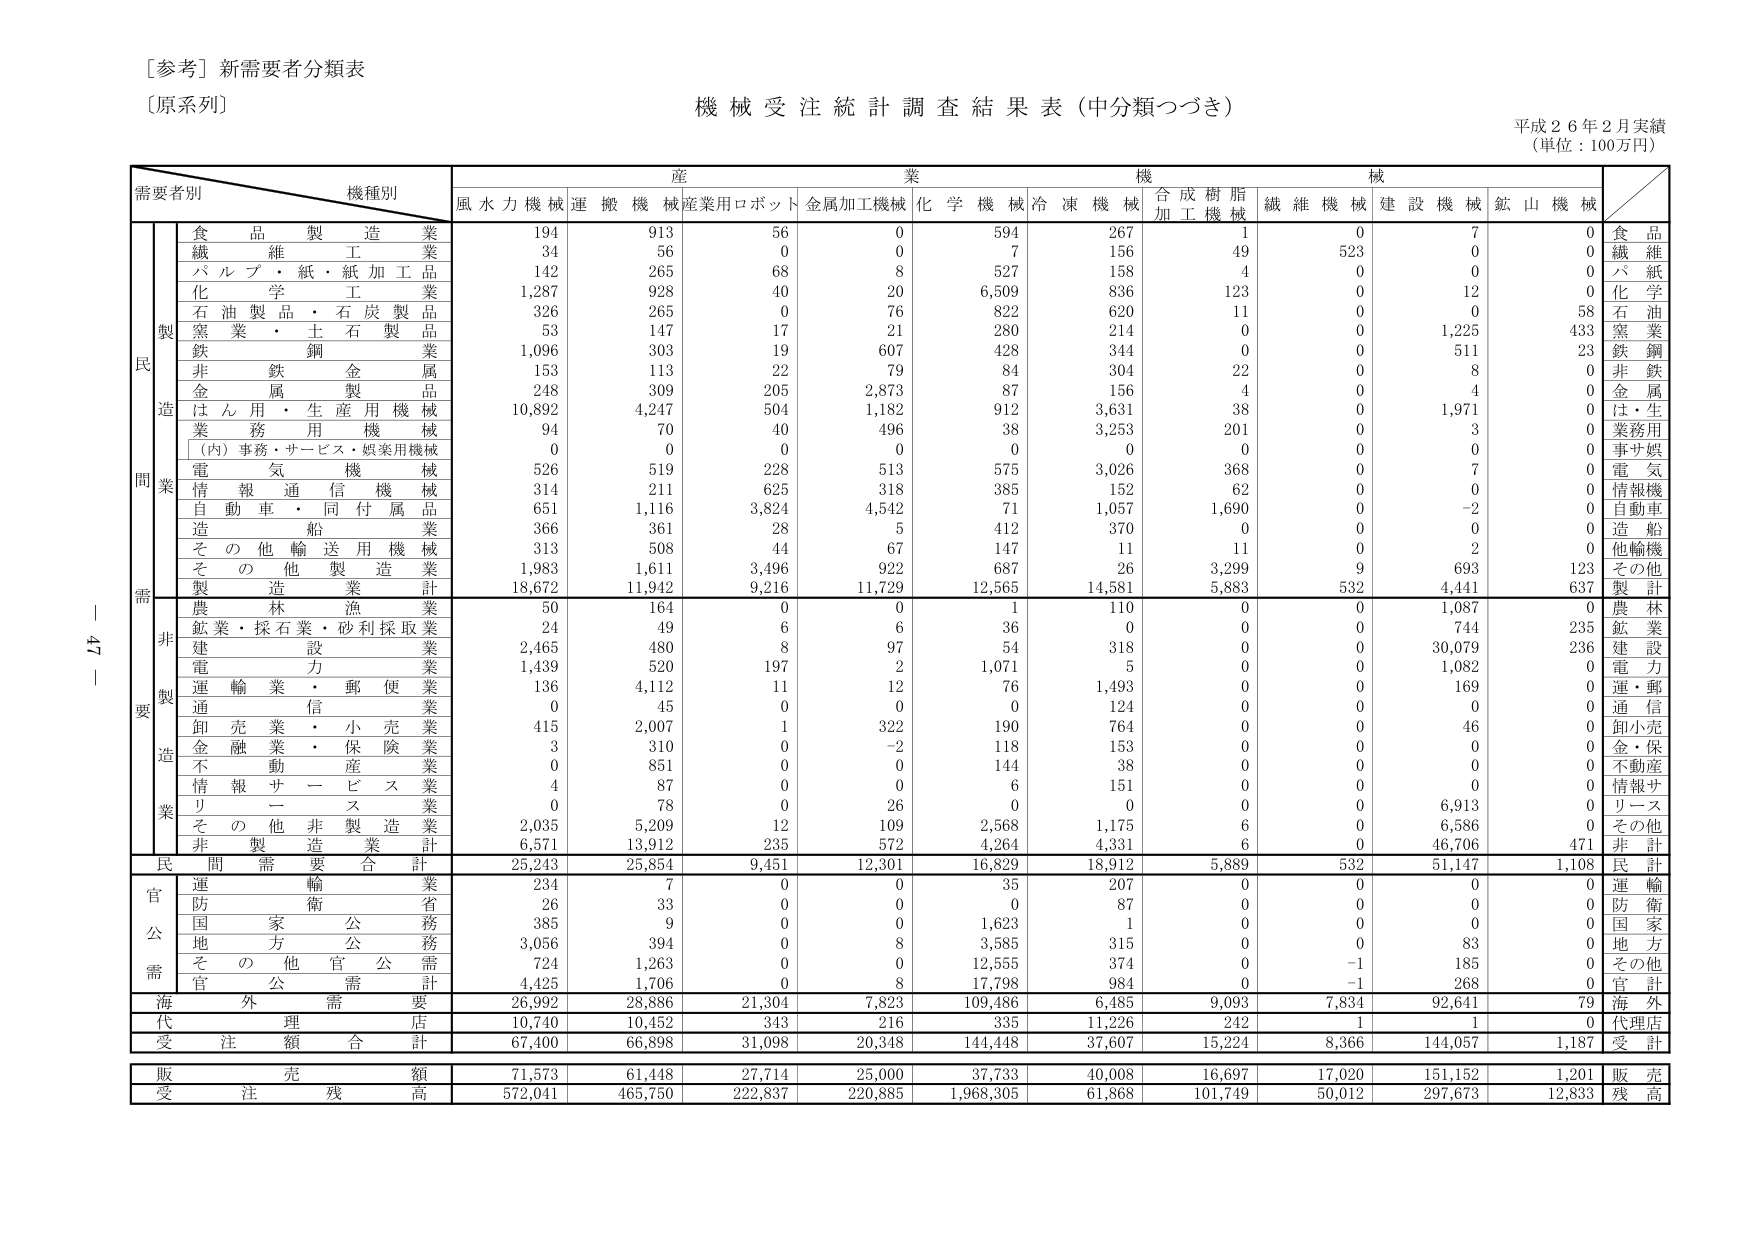
[参考] 新需要者分類表
〔原系列〕

機械受注統計調査結果表（中分類つづき）
平成26年2月実績
（単位：100万円）

需要者別　機種別